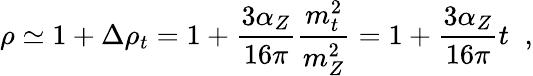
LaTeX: \rho\simeq 1+\Delta\rho_{t}=1+\frac{3\alpha_{Z}}{16\pi}\frac{m_{t}^{2}}{m_{Z}^{2}}=1+\frac{3\alpha_{Z}}{16\pi}t\; \; ,